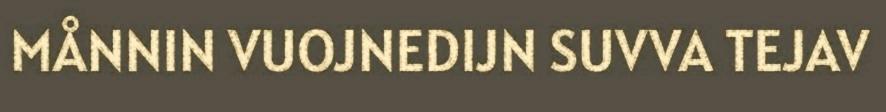
MÅNNIN VUOJNEDIJN SUVVA TEJAV